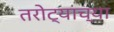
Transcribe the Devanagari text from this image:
तरोट्याच्या